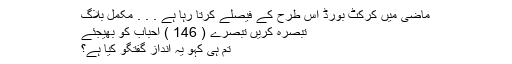
ماضی میں کرکٹ بورڈ اس طرح کے فیصلے کرتا رہا ہے . . . مکمل بلاگ
تبصرہ کریں تبصرے ( 146 ) احباب کو بھیجئے
تم ہی کہو یہ انداز گفتگو کیا ہے؟